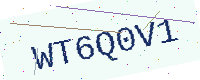
Text: WT6Q0V1